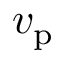
v _ { \mathrm { p } }